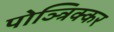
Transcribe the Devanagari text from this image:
पोञ्त्रिक्कर